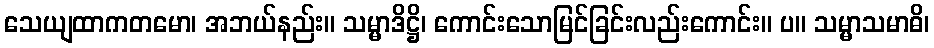
သေယျထာကတမော၊ အဘယ်နည်း။ သမ္မာဒိဋ္ဌိ၊ ကောင်းသောမြင်ခြင်းလည်းကောင်း။ ပ။ သမ္မာသမာဓိ၊